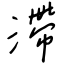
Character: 滯